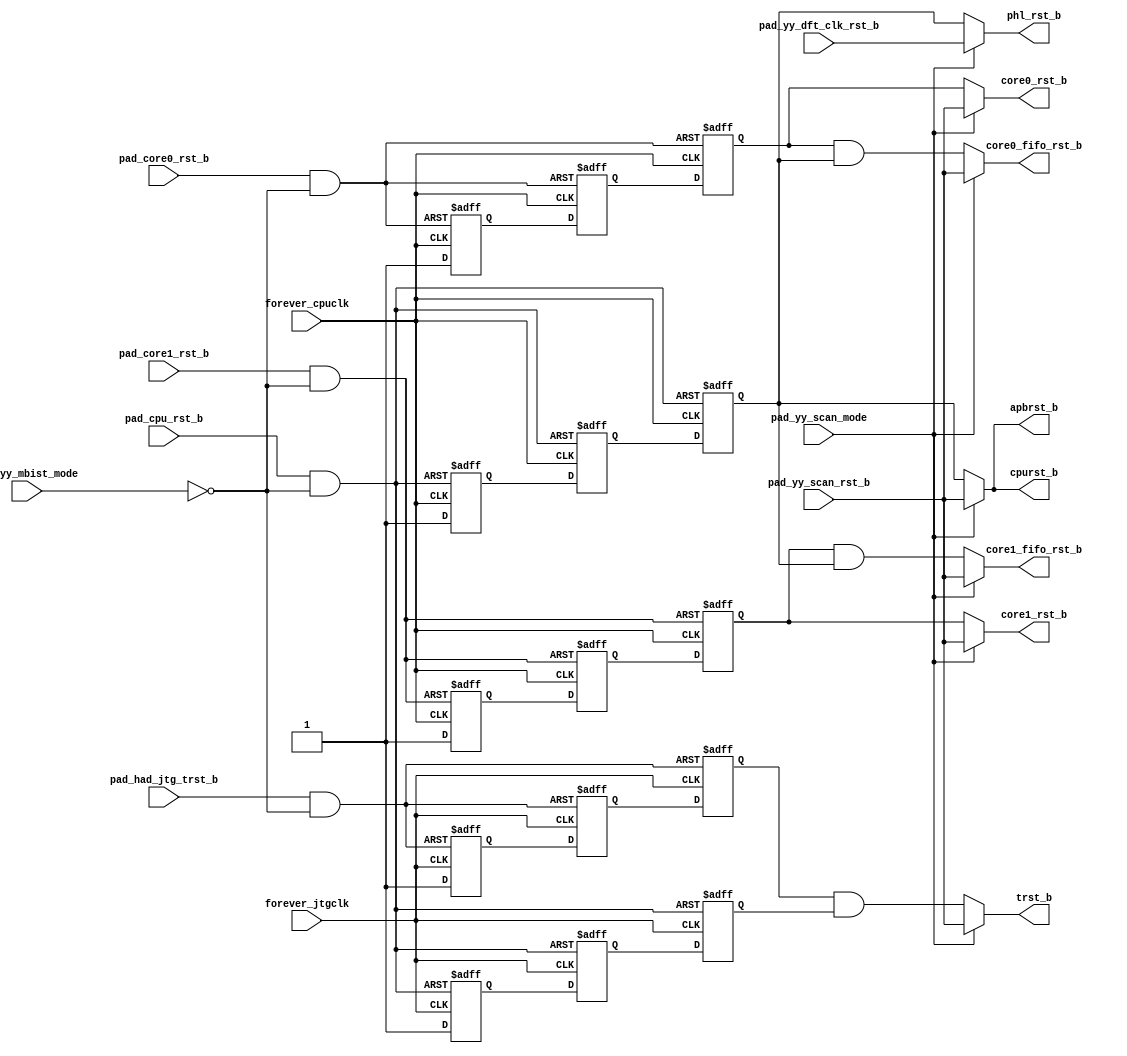
/*Copyright 2019-2021 T-Head Semiconductor Co., Ltd.

Licensed under the Apache License, Version 2.0 (the "License");
you may not use this file except in compliance with the License.
You may obtain a copy of the License at

    http://www.apache.org/licenses/LICENSE-2.0

Unless required by applicable law or agreed to in writing, software
distributed under the License is distributed on an "AS IS" BASIS,
WITHOUT WARRANTIES OR CONDITIONS OF ANY KIND, either express or implied.
See the License for the specific language governing permissions and
limitations under the License.
*/

// &ModuleBeg; @22
module ct_mp_rst_top(
  apbrst_b,
  core0_fifo_rst_b,
  core0_rst_b,
  core1_fifo_rst_b,
  core1_rst_b,
  cpurst_b,
  forever_cpuclk,
  forever_jtgclk,
  pad_core0_rst_b,
  pad_core1_rst_b,
  pad_cpu_rst_b,
  pad_had_jtg_trst_b,
  pad_yy_dft_clk_rst_b,
  pad_yy_mbist_mode,
  pad_yy_scan_mode,
  pad_yy_scan_rst_b,
  phl_rst_b,
  trst_b
);

// &Ports; @23
input        forever_cpuclk;      
input        forever_jtgclk;      
input        pad_core0_rst_b;     
input        pad_core1_rst_b;     
input        pad_cpu_rst_b;       
input        pad_had_jtg_trst_b;  
input        pad_yy_dft_clk_rst_b; 
input        pad_yy_mbist_mode;   
input        pad_yy_scan_mode;    
input        pad_yy_scan_rst_b;   
output       apbrst_b;            
output       core0_fifo_rst_b;    
output       core0_rst_b;         
output       core1_fifo_rst_b;    
output       core1_rst_b;         
output       cpurst_b;            
output       phl_rst_b;           
output       trst_b;              

// &Regs; @24
reg          core0_rst_1ff;       
reg          core0_rst_2ff;       
reg          core0_rst_3ff;       
reg          core1_rst_1ff;       
reg          core1_rst_2ff;       
reg          core1_rst_3ff;       
reg          cpurst_1ff;          
reg          cpurst_2ff;          
reg          cpurst_3ff;          
reg          cpurst_jtg_1ff;      
reg          cpurst_jtg_2ff;      
reg          cpurst_jtg_3ff;      
reg          trst_1ff;            
reg          trst_2ff;            
reg          trst_3ff;            

// &Wires; @25
wire         apbrst_b;            
wire         async_core0_rst_b;   
wire         async_core1_rst_b;   
wire         async_cpurst_b;      
wire         async_trst_b;        
wire         core0_fifo_rst_b;    
wire         core0_rst_b;         
wire         core1_fifo_rst_b;    
wire         core1_rst_b;         
wire         cpurst_b;            
wire         forever_cpuclk;      
wire         forever_jtgclk;      
wire         pad_core0_rst_b;     
wire         pad_core1_rst_b;     
wire         pad_cpu_rst_b;       
wire         pad_had_jtg_trst_b;  
wire         pad_yy_dft_clk_rst_b; 
wire         pad_yy_mbist_mode;   
wire         pad_yy_scan_mode;    
wire         pad_yy_scan_rst_b;   
wire         phl_rst_b;           
wire         trst_b;              


//=============================================================================
//cpu reset
//=============================================================================
// &Force("output", "cpurst_b"); @30

assign async_cpurst_b = pad_cpu_rst_b & !pad_yy_mbist_mode;

always @(posedge forever_cpuclk or negedge async_cpurst_b)
begin
  if (!async_cpurst_b)
  begin
    cpurst_1ff <= 1'b0;
    cpurst_2ff <= 1'b0;
    cpurst_3ff <= 1'b0;
  end
  else
  begin
    cpurst_1ff <= 1'b1;
    cpurst_2ff <= cpurst_1ff;
    cpurst_3ff <= cpurst_2ff;
  end
end

assign cpurst_b = pad_yy_scan_mode ? pad_yy_scan_rst_b : cpurst_3ff;

//=============================================================================
// Core reset
//=============================================================================
assign async_core0_rst_b = pad_core0_rst_b & !pad_yy_mbist_mode;

always @(posedge forever_cpuclk or negedge async_core0_rst_b)
begin
  if (!async_core0_rst_b)
  begin
    core0_rst_1ff <= 1'b0;
    core0_rst_2ff <= 1'b0;
    core0_rst_3ff <= 1'b0;
  end
  else
  begin
    core0_rst_1ff <= 1'b1;
    core0_rst_2ff <= core0_rst_1ff;
    core0_rst_3ff <= core0_rst_2ff;
  end
end

assign core0_rst_b      = pad_yy_scan_mode ? pad_yy_scan_rst_b : core0_rst_3ff;
assign core0_fifo_rst_b = pad_yy_scan_mode ? pad_yy_scan_rst_b : (core0_rst_3ff & cpurst_3ff);
assign async_core1_rst_b = pad_core1_rst_b & !pad_yy_mbist_mode;

always @(posedge forever_cpuclk or negedge async_core1_rst_b)
begin
  if (!async_core1_rst_b)
  begin
    core1_rst_1ff <= 1'b0;
    core1_rst_2ff <= 1'b0;
    core1_rst_3ff <= 1'b0;
  end
  else
  begin
    core1_rst_1ff <= 1'b1;
    core1_rst_2ff <= core1_rst_1ff;
    core1_rst_3ff <= core1_rst_2ff;
  end
end

assign core1_rst_b      = pad_yy_scan_mode ? pad_yy_scan_rst_b : core1_rst_3ff;
assign core1_fifo_rst_b = pad_yy_scan_mode ? pad_yy_scan_rst_b : (core1_rst_3ff & cpurst_3ff);

//=============================================================================
// APB reset
//=============================================================================

assign apbrst_b = cpurst_b;

//=============================================================================
//reset for clkgen
//=============================================================================
assign phl_rst_b = pad_yy_scan_mode ? pad_yy_dft_clk_rst_b : cpurst_3ff;

//=============================================================================
//jtag reset
//=============================================================================
assign async_trst_b = pad_had_jtg_trst_b & !pad_yy_mbist_mode;

always @(posedge forever_jtgclk or negedge async_trst_b)
begin
  if (!async_trst_b)
  begin
    trst_1ff <= 1'b0;
    trst_2ff <= 1'b0;
    trst_3ff <= 1'b0;
  end
  else
  begin
    trst_1ff <= 1'b1;
    trst_2ff <= trst_1ff;
    trst_3ff <= trst_2ff;
  end
end

always @(posedge forever_jtgclk or negedge async_cpurst_b)
begin
  if (!async_cpurst_b)
  begin
    cpurst_jtg_1ff <= 1'b0;
    cpurst_jtg_2ff <= 1'b0;
    cpurst_jtg_3ff <= 1'b0;
  end
  else
  begin
    cpurst_jtg_1ff <= 1'b1;
    cpurst_jtg_2ff <= cpurst_jtg_1ff;
    cpurst_jtg_3ff <= cpurst_jtg_2ff;
  end
end
assign trst_b = pad_yy_scan_mode ? pad_yy_scan_rst_b : trst_3ff & cpurst_jtg_3ff;

// &ModuleEnd; @193
endmodule